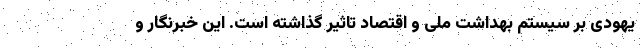
یهودی بر سیستم بهداشت ملی و اقتصاد تاثیر گذاشته است. این خبرنگار و